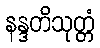
နန္ဒတိသုတ္တံ